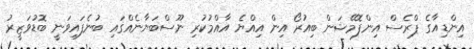
އިންޑިއާގެ ޕްރެސް އިންފޮމޭޝަން ބިއުރޯ އިން އިއްޔެ އާއްމުކުރި ނޫސްބަޔާނެއްގައި ބުނެފައިވަނީ ބޮޑުވަޒީރު